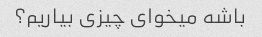
باشه میخوای چیزی بیاریم؟